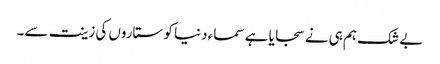
بے شک ہم ہی نے سجایا ہے سماء دنیا کو ستاروں کی زینت سے۔